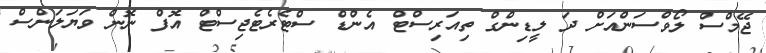
ޖޭމްސް ލޯވްސަންއަށް ދަ ލީޑިންގް ތިއަރިސްޓް އެންޑް ސްޓެރެޓެޖިސްޓް އޮފް ނޮން ވަޔަލަންސް